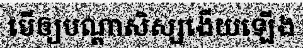
បើឲ្យបណ្តាសិស្សងើយឡើង